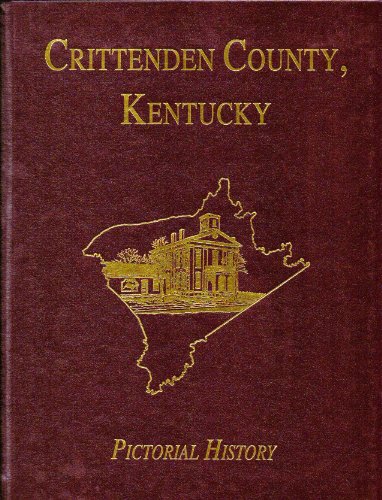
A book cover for Crittenden Co, KY - Pictorial; Travel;